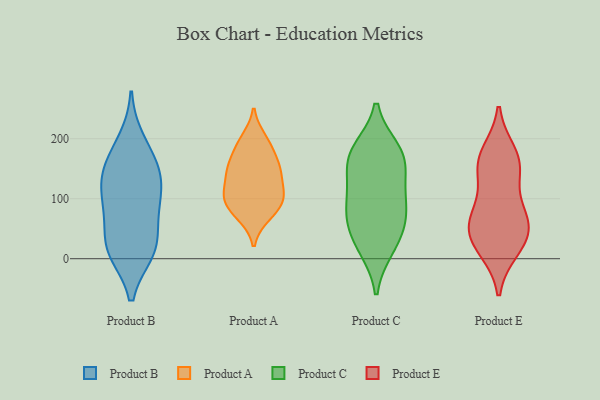
{"axis": {"x": "Temperature (°C)", "y": "Value"}, "legend": ["Product A", "Product B", "Product C", "Product E"], "data": [{"x": "", "y": 79, "type": "Product B"}, {"x": "", "y": 13, "type": "Product B"}, {"x": "", "y": 150, "type": "Product B"}, {"x": "", "y": 134, "type": "Product B"}, {"x": "", "y": 91, "type": "Product B"}, {"x": "", "y": 20, "type": "Product B"}, {"x": "", "y": 95, "type": "Product B"}, {"x": "", "y": 163, "type": "Product B"}, {"x": "", "y": 17, "type": "Product B"}, {"x": "", "y": 133, "type": "Product B"}, {"x": "", "y": 20, "type": "Product B"}, {"x": "", "y": 196, "type": "Product B"}, {"x": "", "y": 105, "type": "Product A"}, {"x": "", "y": 75, "type": "Product A"}, {"x": "", "y": 200, "type": "Product A"}, {"x": "", "y": 71, "type": "Product A"}, {"x": "", "y": 92, "type": "Product A"}, {"x": "", "y": 109, "type": "Product A"}, {"x": "", "y": 177, "type": "Product A"}, {"x": "", "y": 113, "type": "Product A"}, {"x": "", "y": 148, "type": "Product A"}, {"x": "", "y": 192, "type": "Product A"}, {"x": "", "y": 97, "type": "Product A"}, {"x": "", "y": 150, "type": "Product A"}, {"x": "", "y": 151, "type": "Product A"}, {"x": "", "y": 142, "type": "Product A"}, {"x": "", "y": 56, "type": "Product C"}, {"x": "", "y": 162, "type": "Product C"}, {"x": "", "y": 171, "type": "Product C"}, {"x": "", "y": 120, "type": "Product C"}, {"x": "", "y": 104, "type": "Product C"}, {"x": "", "y": 19, "type": "Product C"}, {"x": "", "y": 180, "type": "Product C"}, {"x": "", "y": 26, "type": "Product C"}, {"x": "", "y": 76, "type": "Product C"}, {"x": "", "y": 77, "type": "Product C"}, {"x": "", "y": 171, "type": "Product C"}, {"x": "", "y": 83, "type": "Product E"}, {"x": "", "y": 153, "type": "Product E"}, {"x": "", "y": 17, "type": "Product E"}, {"x": "", "y": 76, "type": "Product E"}, {"x": "", "y": 151, "type": "Product E"}, {"x": "", "y": 175, "type": "Product E"}, {"x": "", "y": 23, "type": "Product E"}, {"x": "", "y": 58, "type": "Product E"}, {"x": "", "y": 43, "type": "Product E"}, {"x": "", "y": 161, "type": "Product E"}, {"x": "", "y": 46, "type": "Product E"}]}